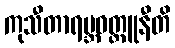
ကုသီတာရမ္ဘဝတ္ထူနီတိ